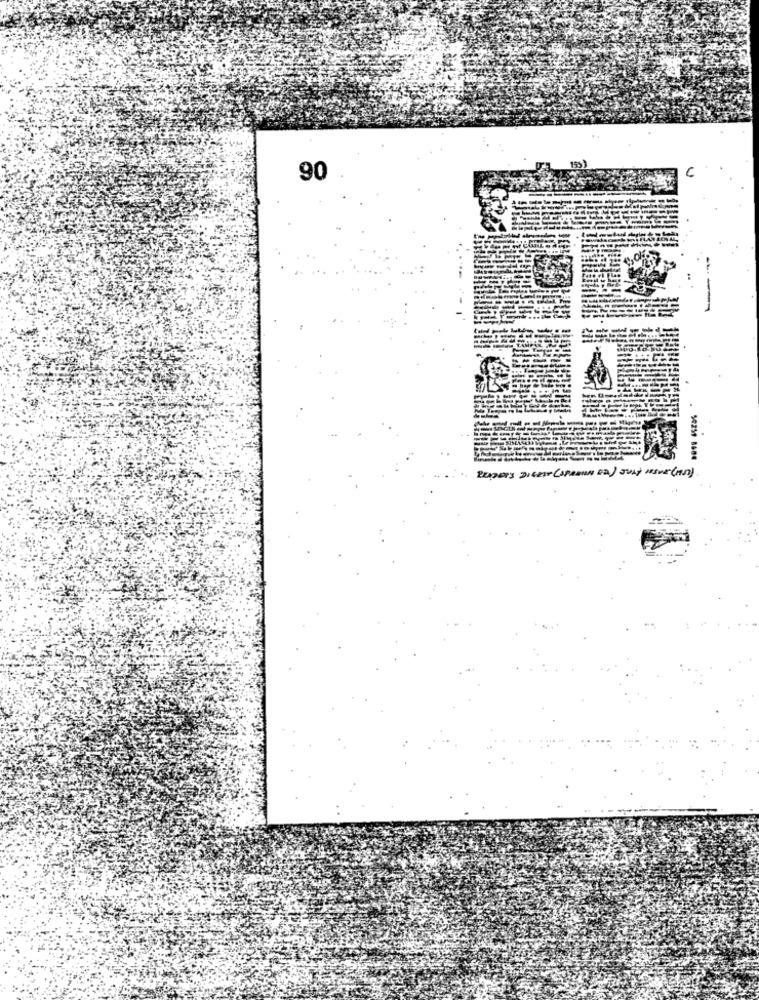
90
50251 8684
READER'S DIGEST (SPAREN ED) JULY HENK (AND)